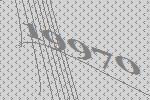
19970